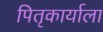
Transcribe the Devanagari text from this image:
पितृकार्याला